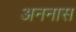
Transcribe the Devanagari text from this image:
अननास